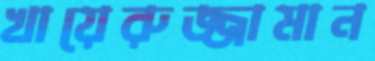
খায়েরুজ্জামান